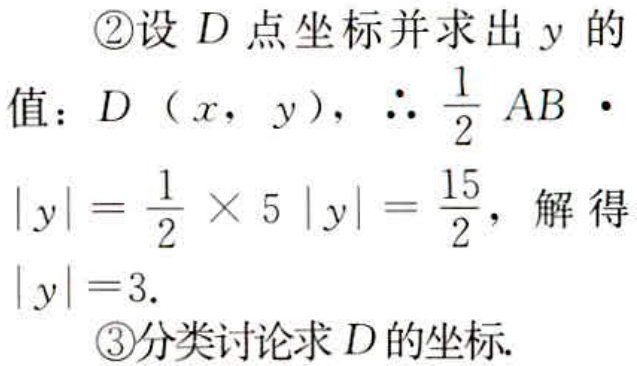
\textcircled{2}设 \(D\) 点坐标并求出 \(y\) 的
值：\(D(x,y)\)，\(\therefore \frac{1}{2}AB\cdot\)
\(\vert y\vert=\frac{1}{2}\times 5\vert y\vert=\frac{15}{2}\)，解得
\(\vert y\vert = 3\).
\textcircled{3}分类讨论求 \(D\) 的坐标.